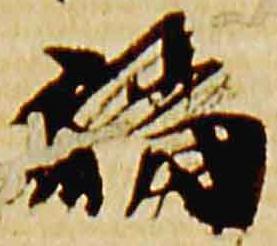
福